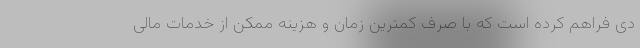
دی فراهم کرده است که با صرف کمترین زمان و هزینه ممکن از خدمات مالی